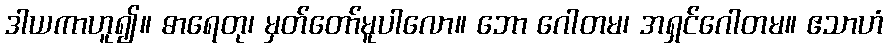
ဒါယကာဟူ၍။ ဓာရေတု၊ မှတ်တော်မူပါလော။ ဘော ဂေါတမ၊ အရှင်ဂေါတမ။ ဧသာဟံ